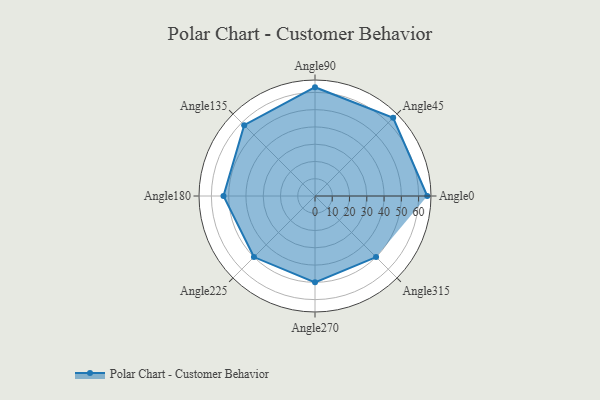
{"axis": {"x": "Angle", "y": "Radius"}, "legend": [""], "data": [{"x": "Angle0", "y": 65.0, "type": ""}, {"x": "Angle45", "y": 64.0, "type": ""}, {"x": "Angle90", "y": 63.0, "type": ""}, {"x": "Angle135", "y": 58.0, "type": ""}, {"x": "Angle180", "y": 53.0, "type": ""}, {"x": "Angle225", "y": 50, "type": ""}, {"x": "Angle270", "y": 50, "type": ""}, {"x": "Angle315", "y": 50, "type": ""}]}